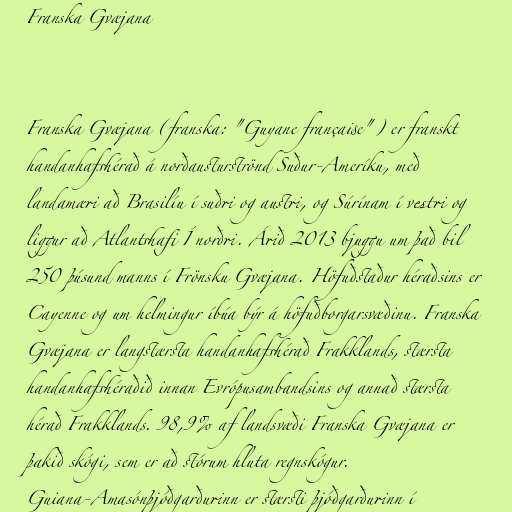
Franska Gvæjana

Franska Gvæjana (franska: "Guyane française") er franskt
handanhafshérað á norðausturströnd Suður-Ameríku, með
landamæri að Brasilíu í suðri og austri, og Súrínam í vestri og
liggur að Atlantshafi Í norðri. Árið 2013 bjuggu um það bil
250 þúsund manns í Frönsku Gvæjana. Höfuðstaður héraðsins er
Cayenne og um helmingur íbúa býr á höfuðborgarsvæðinu. Franska
Gvæjana er langstærsta handanhafshérað Frakklands, stærsta
handanhafshéraðið innan Evrópusambandsins og annað stærsta
hérað Frakklands. 98,9% af landsvæði Franska Gvæjana er
þakið skógi, sem er að stórum hluta regnskógur.
Guiana-Amasónþjóðgarðurinn er stærsti þjóðgarðurinn í